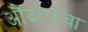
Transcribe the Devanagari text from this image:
औदार्याचा